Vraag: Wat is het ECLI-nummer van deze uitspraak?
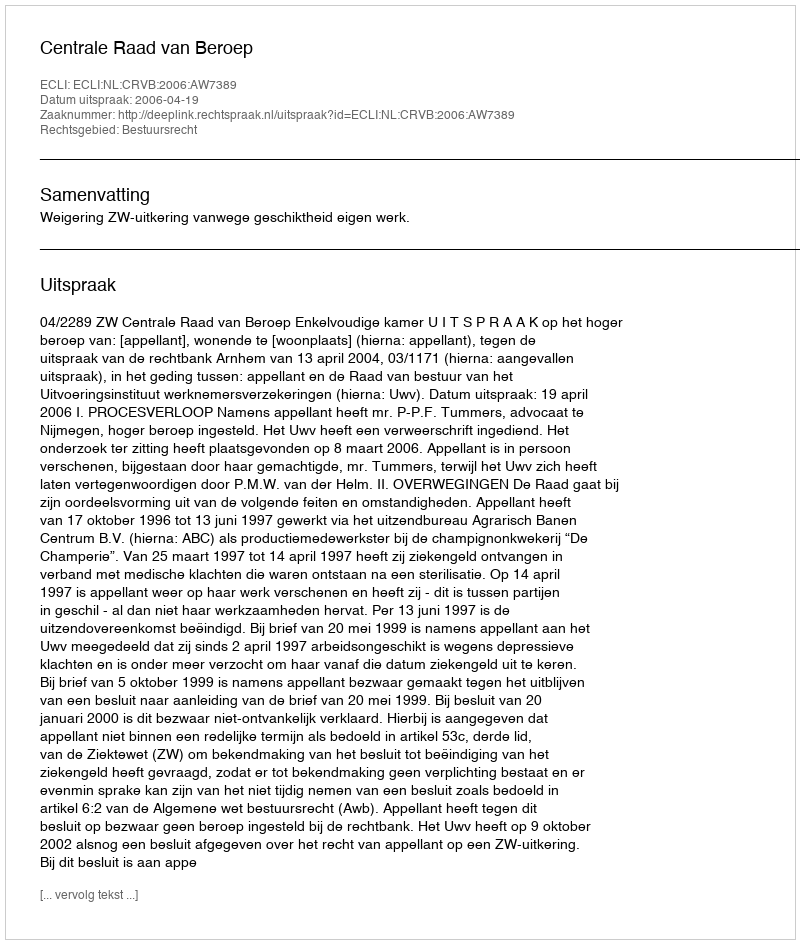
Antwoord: ECLI:NL:CRVB:2006:AW7389